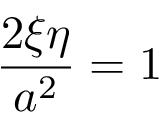
{ \frac { 2 \xi \eta } { a ^ { 2 } } } = 1